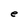
Character: e